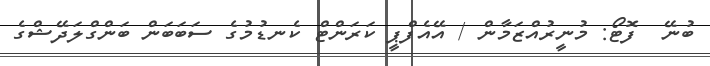
ބުނޭ  ފޮޓޯ: މުނީރުއްޒަމާން / އޭއެފްޕީ ކަރަންޓް ކެނޑުމުގެ ސަބަބަން ބަންގްލަދޭޝްގެ